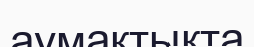
аумақтықта